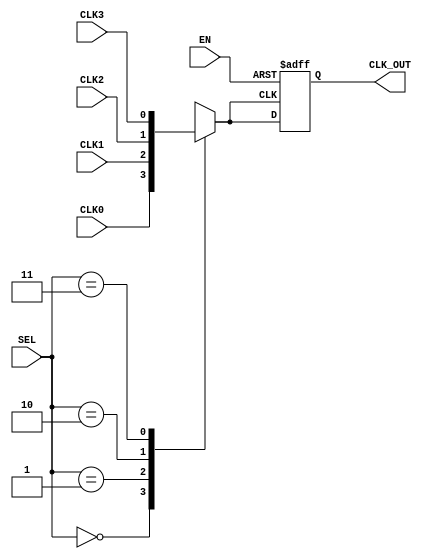
module ClockMultiplexerBuffer (
    input wire CLK0,      // Clock input 0
    input wire CLK1,      // Clock input 1
    input wire CLK2,      // Clock input 2
    input wire CLK3,      // Clock input 3
    input wire [1:0] SEL, // Selection input (2 bits for 4 clocks)
    input wire EN,        // Enable input
    output reg CLK_OUT    // Buffered output clock
);

// Internal signal to hold the selected clock
reg selected_clk;

// Always block to handle clock selection and buffering
always @(*) begin
    // Select the appropriate clock based on SEL
    case (SEL)
        2'b00: selected_clk = CLK0;
        2'b01: selected_clk = CLK1;
        2'b10: selected_clk = CLK2;
        2'b11: selected_clk = CLK3;
        default: selected_clk = 1'b0; // Default case (should not occur)
    endcase
end

// Always block to handle output buffering and enable control
always @(posedge selected_clk or negedge EN) begin
    if (!EN) begin
        CLK_OUT <= 1'b0; // Set output to low when disabled
    end else begin
        CLK_OUT <= selected_clk; // Buffer the selected clock
    end
end

endmodule